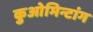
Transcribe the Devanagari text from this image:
कुओमिन्टांग